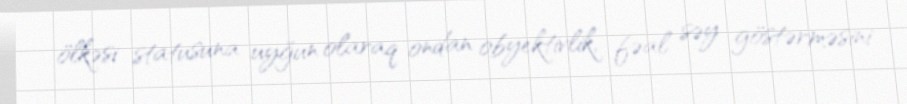
ölkəsi statusuna uyğun olaraq ondan obyektivlik, fəal səy göstərməsini